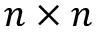
n \times n